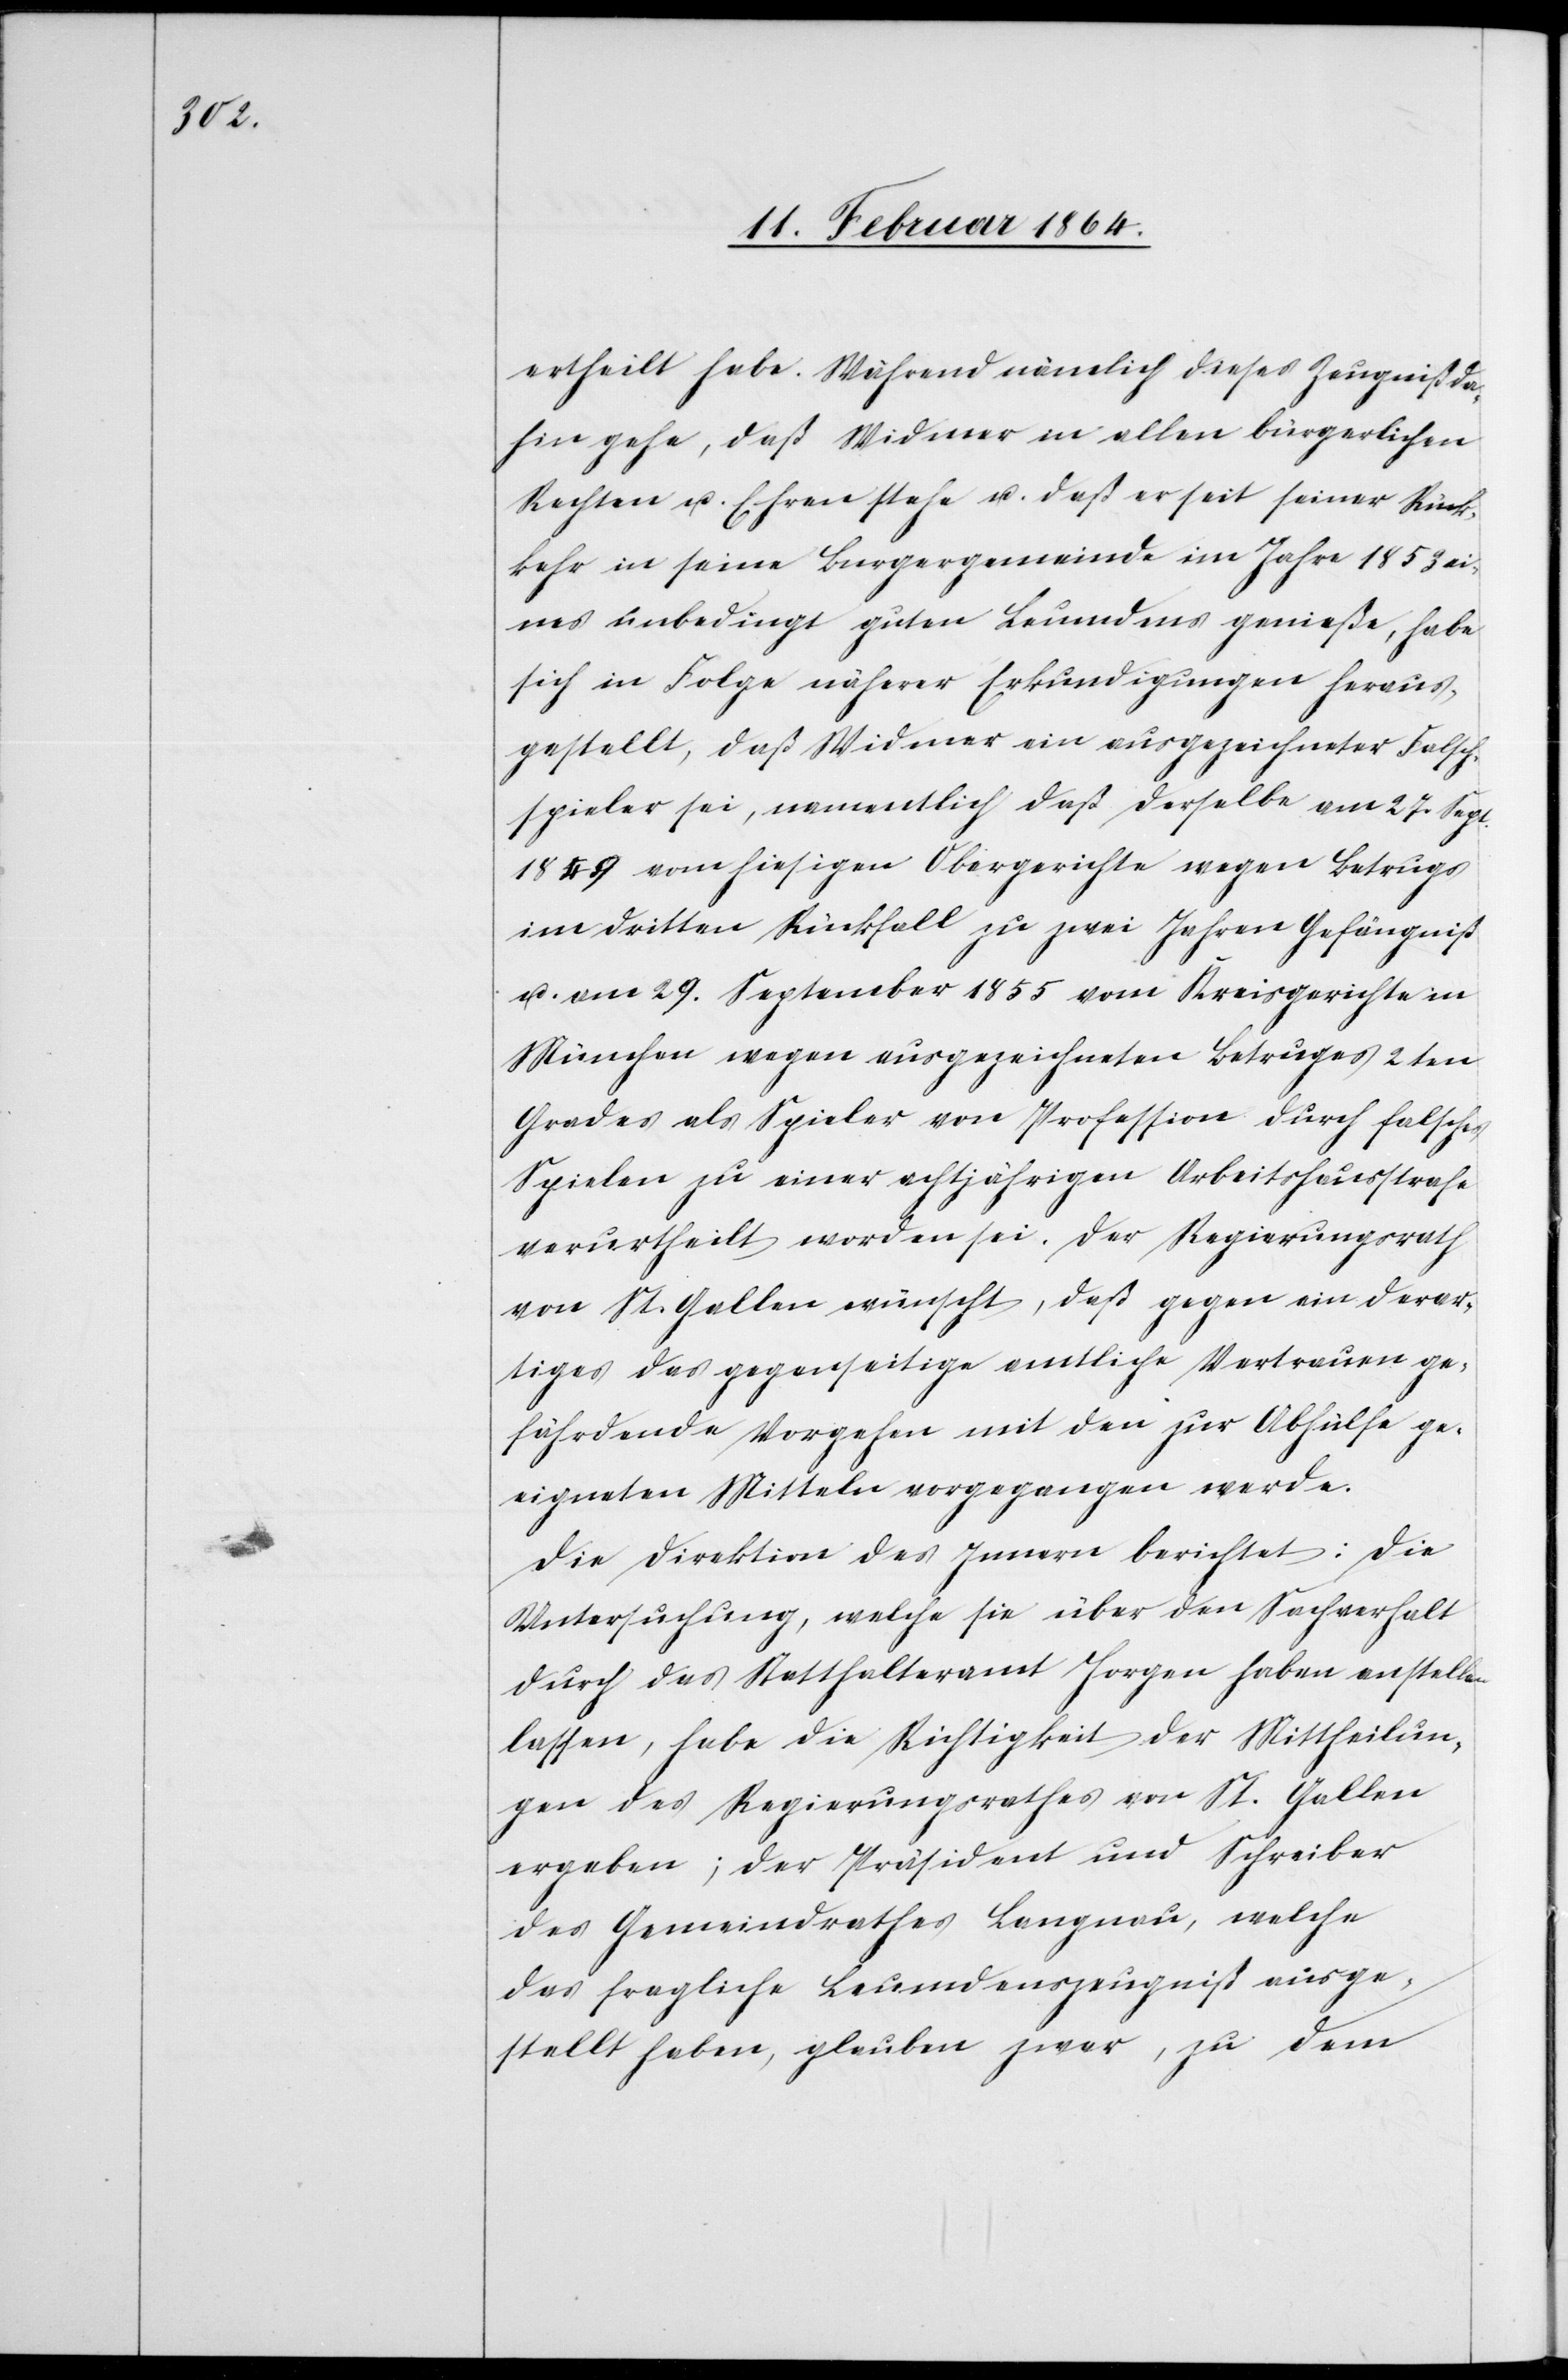
ertheilt habe. Während nämlich dieses Zeugniß da¬
hin gehe, daß Widmer in allen bürgerlichen
Rechten u. Ehren stehe u. daß er seit seiner Rück¬
kehr in seine Burgergemeinde im Jahre 1853 ei¬
nes unbedingt guten Leumdens genieße, habe
sich in Folge näherer Erkundigungen heraus¬
gestellt, daß Widmer ein ausgezeichneter Falsch¬
spieler sei, namentlich daß derselbe am 27. Sept.
1849 vom hiesigen Obergerichte wegen Betrugs
im dritten Rückfall zu zwei Jahren Gefängniß
u. am 29. September 1855 vom Kreisgerichte in
München wegen ausgezeichneten Betruges 2ten
Grades als Spieler von Profession durch falsches
Spielen zu einer achtjährigen Arbeitshausstrafe
verurtheilt worden sei. Der Regierungsrath
von St. Gallen wünscht, daß gegen ein derar¬
tiges das gegenseitige amtliche Vertrauen ge¬
fährdende Vorgehen mit den zur Abhülfe ge¬
eigneten Mitteln vorgegangen werde.
Die Direktion des Innern berichtet: Die
Untersuchung, welche sie über den Sachverhalt
durch das Statthalteramt Horgen habe anstellen
lassen, habe die Richtigkeit der Mittheilun¬
gen des Regierungsrathes von St. Gallen
ergeben; der Präsident und Schreiber
des Gemeindrathes Langnau, welche
das fragliche Leumdenszeugniß ausge¬
stellt haben, glauben zwar, zu dem